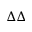
\Delta \Delta